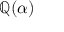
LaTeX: \mathbb { Q } ( \alpha )